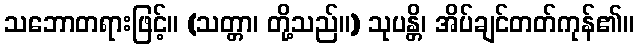
သဘောတရားဖြင့်။ (သတ္တာ၊ တို့သည်။) သုပန္တိ၊ အိပ်ချင်တတ်ကုန်၏။